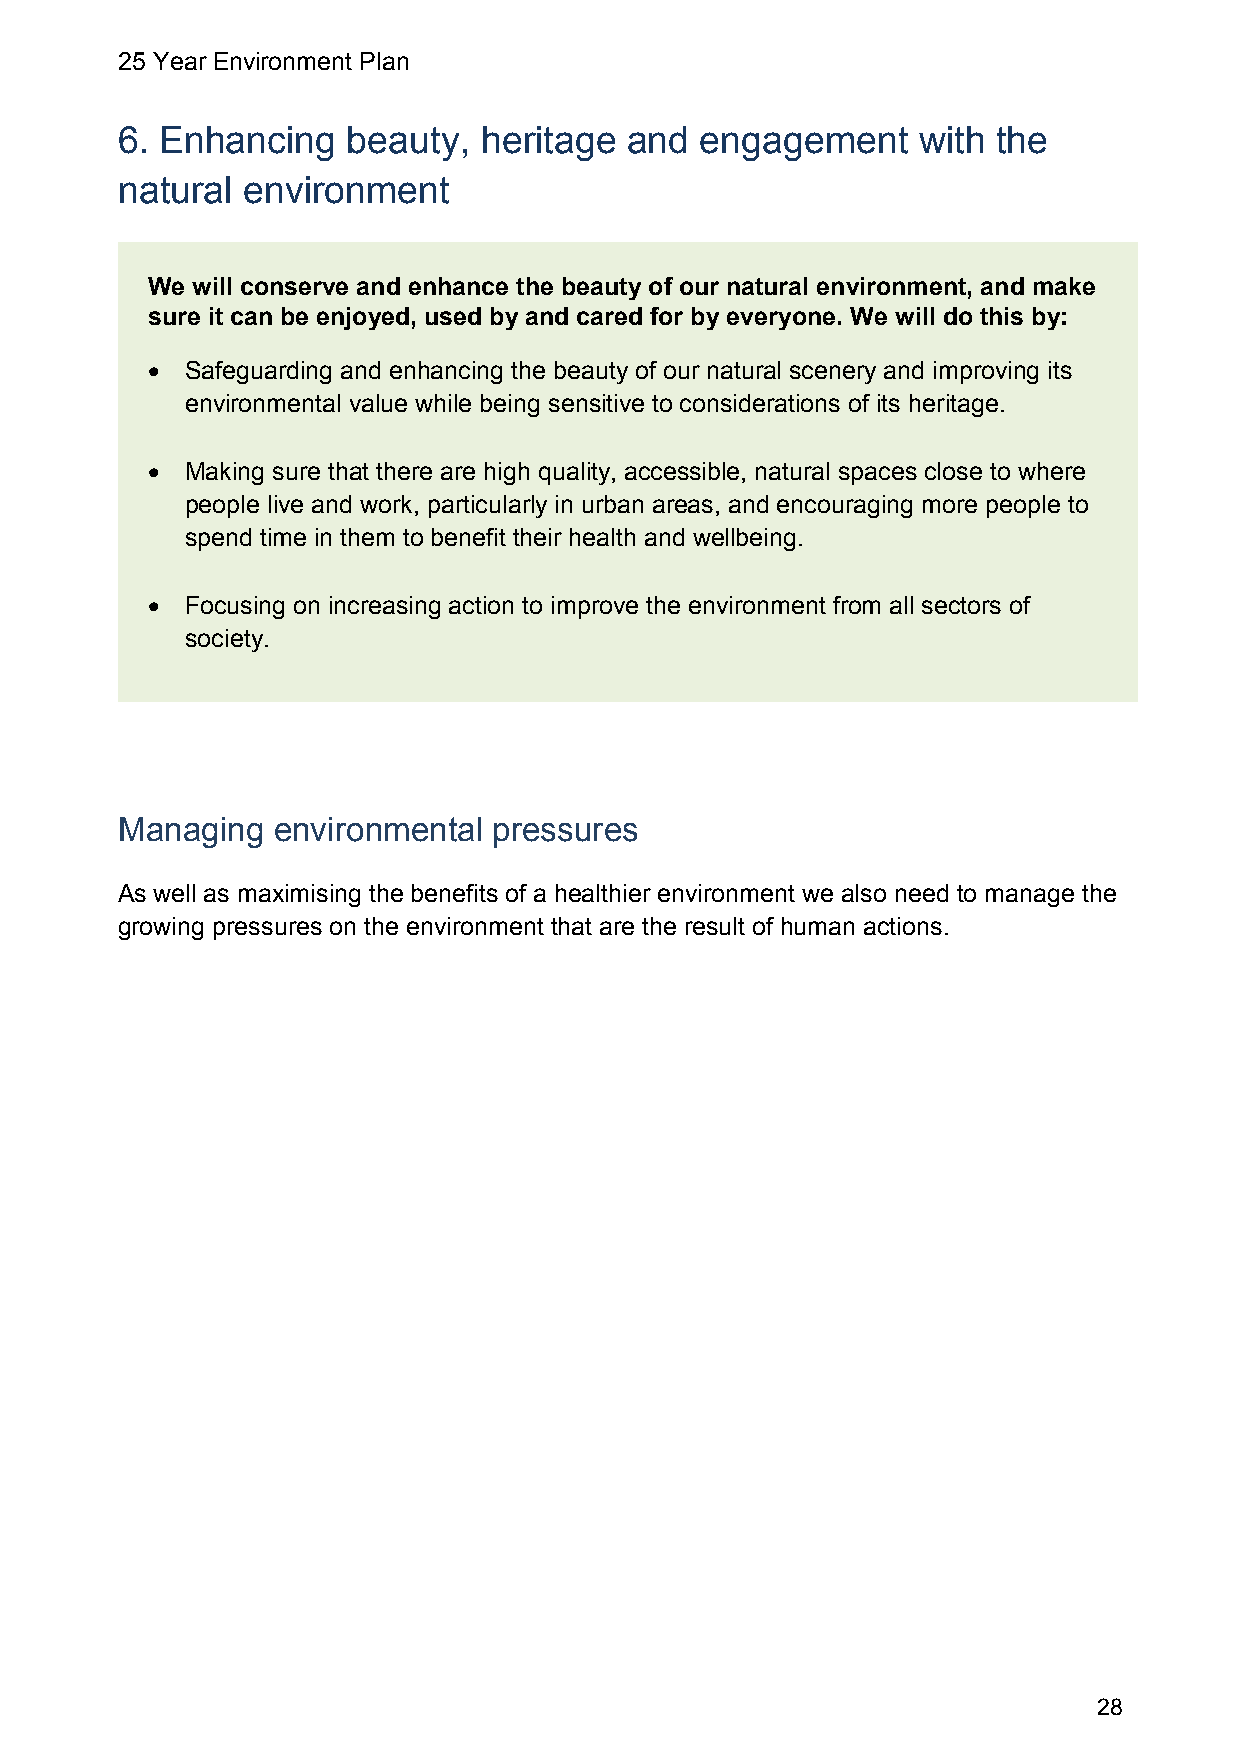
25 Year Environment Plan
 6. Enhancing   beauty,  heritage  and engagement     with the
 natural environment
 We will conserve and enhance the beauty of our natural environment, and make
 sure it can be enjoyed, used by and cared for by everyone. We will do this by:
  Safeguarding and enhancing the beauty of our natural scenery and improving its
 environmental value while being sensitive to considerations of its heritage.
  Making sure that there are high quality, accessible, natural spaces close to where
 people live and work, particularly in urban areas, and encouraging more people to
 spend time in them to benefit their health and wellbeing.
  Focusing on increasing action to improve the environment from all sectors of
 society.
 Managing  environmental  pressures
 As well as maximising the benefits of a healthier environment we also need to manage the
 growing pressures on the environment that are the result of human actions.
 28